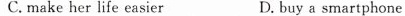
C. make her life easier D. buy a smartphone